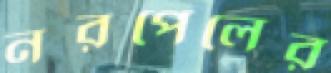
নরপেলের